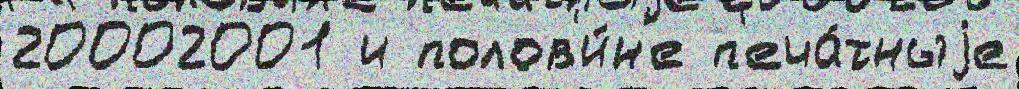
20002001 и полов'и́н'е п'еча́тныjе